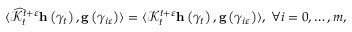
\begin{array} { r } { \langle \widehat { \mathcal { K } } _ { t } ^ { t + \varepsilon } \mathbf { h } \left( \gamma _ { t } \right) , \mathbf { g } \left( \gamma _ { i \varepsilon } \right) \rangle = \langle \mathcal { K } _ { t } ^ { t + \varepsilon } \mathbf { h } \left( \gamma _ { t } \right) , \mathbf { g } \left( \gamma _ { i \varepsilon } \right) \rangle , \; \forall i = 0 , \ldots , m , } \end{array}